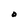
Character: 0